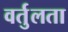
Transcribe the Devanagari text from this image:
वर्तुलता